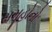
સમૂહોનો